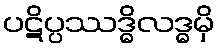
ပဋိပ္ပဿဒ္ဓိလဒ္ဓမှိ